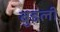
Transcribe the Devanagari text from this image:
बुडली